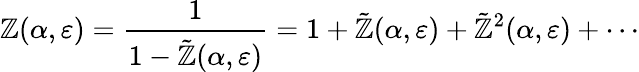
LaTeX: \mathbb{Z}(\alpha,\varepsilon)=\frac{{1}}{{1-\tilde{{\mathbb{Z}}}(\alpha,\varepsilon)}}=1+\tilde{{\mathbb{Z}}}(\alpha,\varepsilon)+\tilde{{\mathbb{Z}}}^{2}(\alpha,\varepsilon)+\cdots